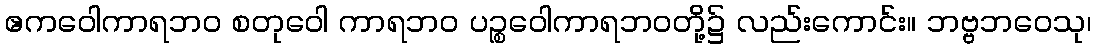
ဧကဝေါကာရဘဝ စတုဝေါ ကာရဘဝ ပဉ္စဝေါကာရဘဝတို့၌ လည်းကောင်း။ ဘဗ္ဗဘဝေသု၊